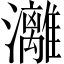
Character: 灕